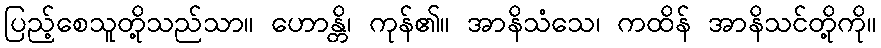
ပြည့်စေသူတို့သည်သာ။ ဟောန္တိ၊ ကုန်၏။ အာနိသံသေ၊ ကထိန် အာနိသင်တို့ကို။